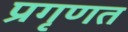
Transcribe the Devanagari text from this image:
प्रगृणत